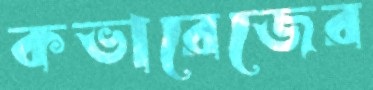
কভারেজের